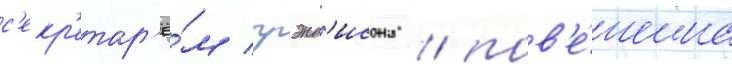
с'екр'етар'ё́м грэнд'исона / пов'е́шена